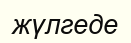
жүлгеде